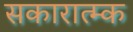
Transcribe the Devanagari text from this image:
सकारात्म्क